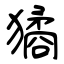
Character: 獝